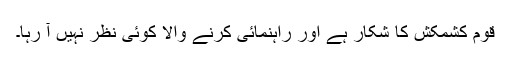
قوم کشمکش کا شکار ہے اور راہنمائی کرنے والا کوئی نظر نہیں آ رہا۔